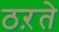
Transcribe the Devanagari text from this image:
ठऱते